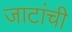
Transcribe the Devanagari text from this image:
जाटांची